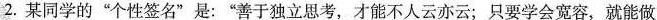
2.某同学的”个性签名”是：”善于独立思考，才能不人云亦云；只要学会宽容，就能做